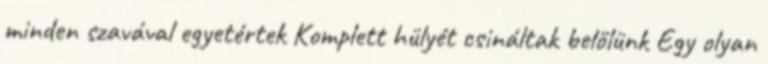
minden szavával egyetértek Komplett hülyét csináltak belőlünk Egy olyan